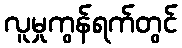
လူမှုကွန်ရက်တွင်